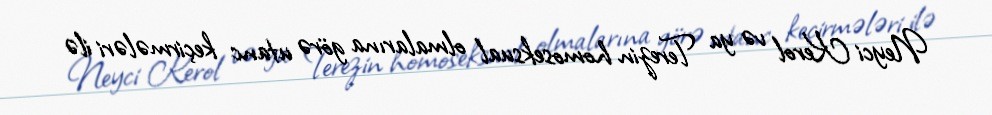
Neyci Kerol və ya Terezin homoseksual olmalarına görə utanc keçirmələri ilə